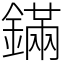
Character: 鏋